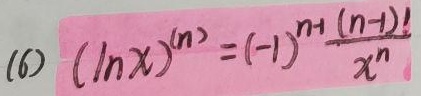
(6) $(\ln x)^{(n)} = (-1)^{n - 1} \frac{(n - 1)!}{x^{n}}$